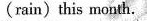
(rain)this month.